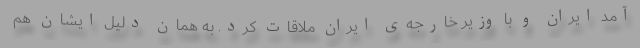
آمد ایران و با وزیر خارجه‌ی ایران ملاقات کرد. به همان دلیل ایشان هم